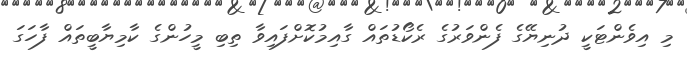
މި އިވެންޓަކީ ދުނިޔޭގެ ފެންވަރުގެ ރެކޯޑުތައް ގާއިމުކޮށްފައިވާ ތިބި މީހުންގެ ކާމިޔާބީތައް ފާހަގަ